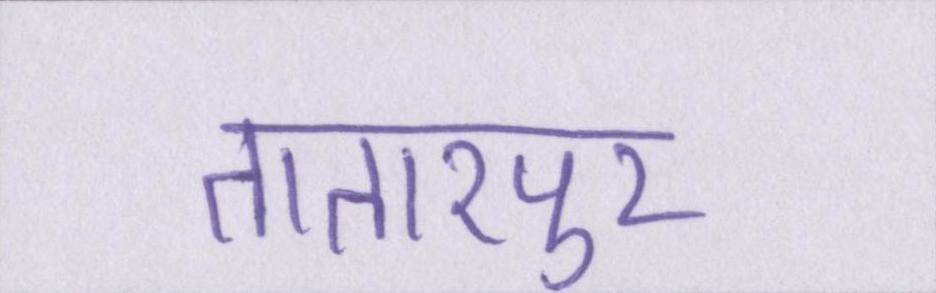
तातारपुर